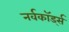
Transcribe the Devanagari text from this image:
नर्वकॉर्ड्स